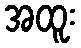
အထူး